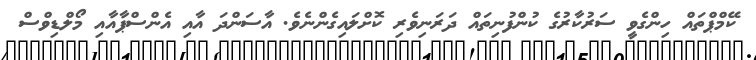
ކޭމްޕްތައް ހިންގެވީ ސަރުކާރުގެ ކުންފުނިތައް ދަރަނިވެރި ކޮށްލައިގެންނެވެ. އާސަންދަ އާއި އެންސްޕާއާއި މޯލްޑިވްސް